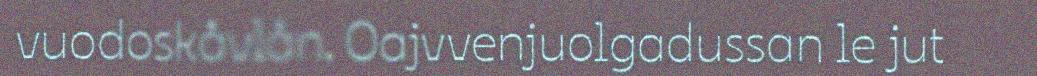
vuodoskåvlån. Oajvvenjuolgadussan le jut